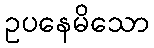
ဥပနေမိသော